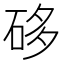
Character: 𥒥